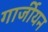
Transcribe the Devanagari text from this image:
गार्जीयन